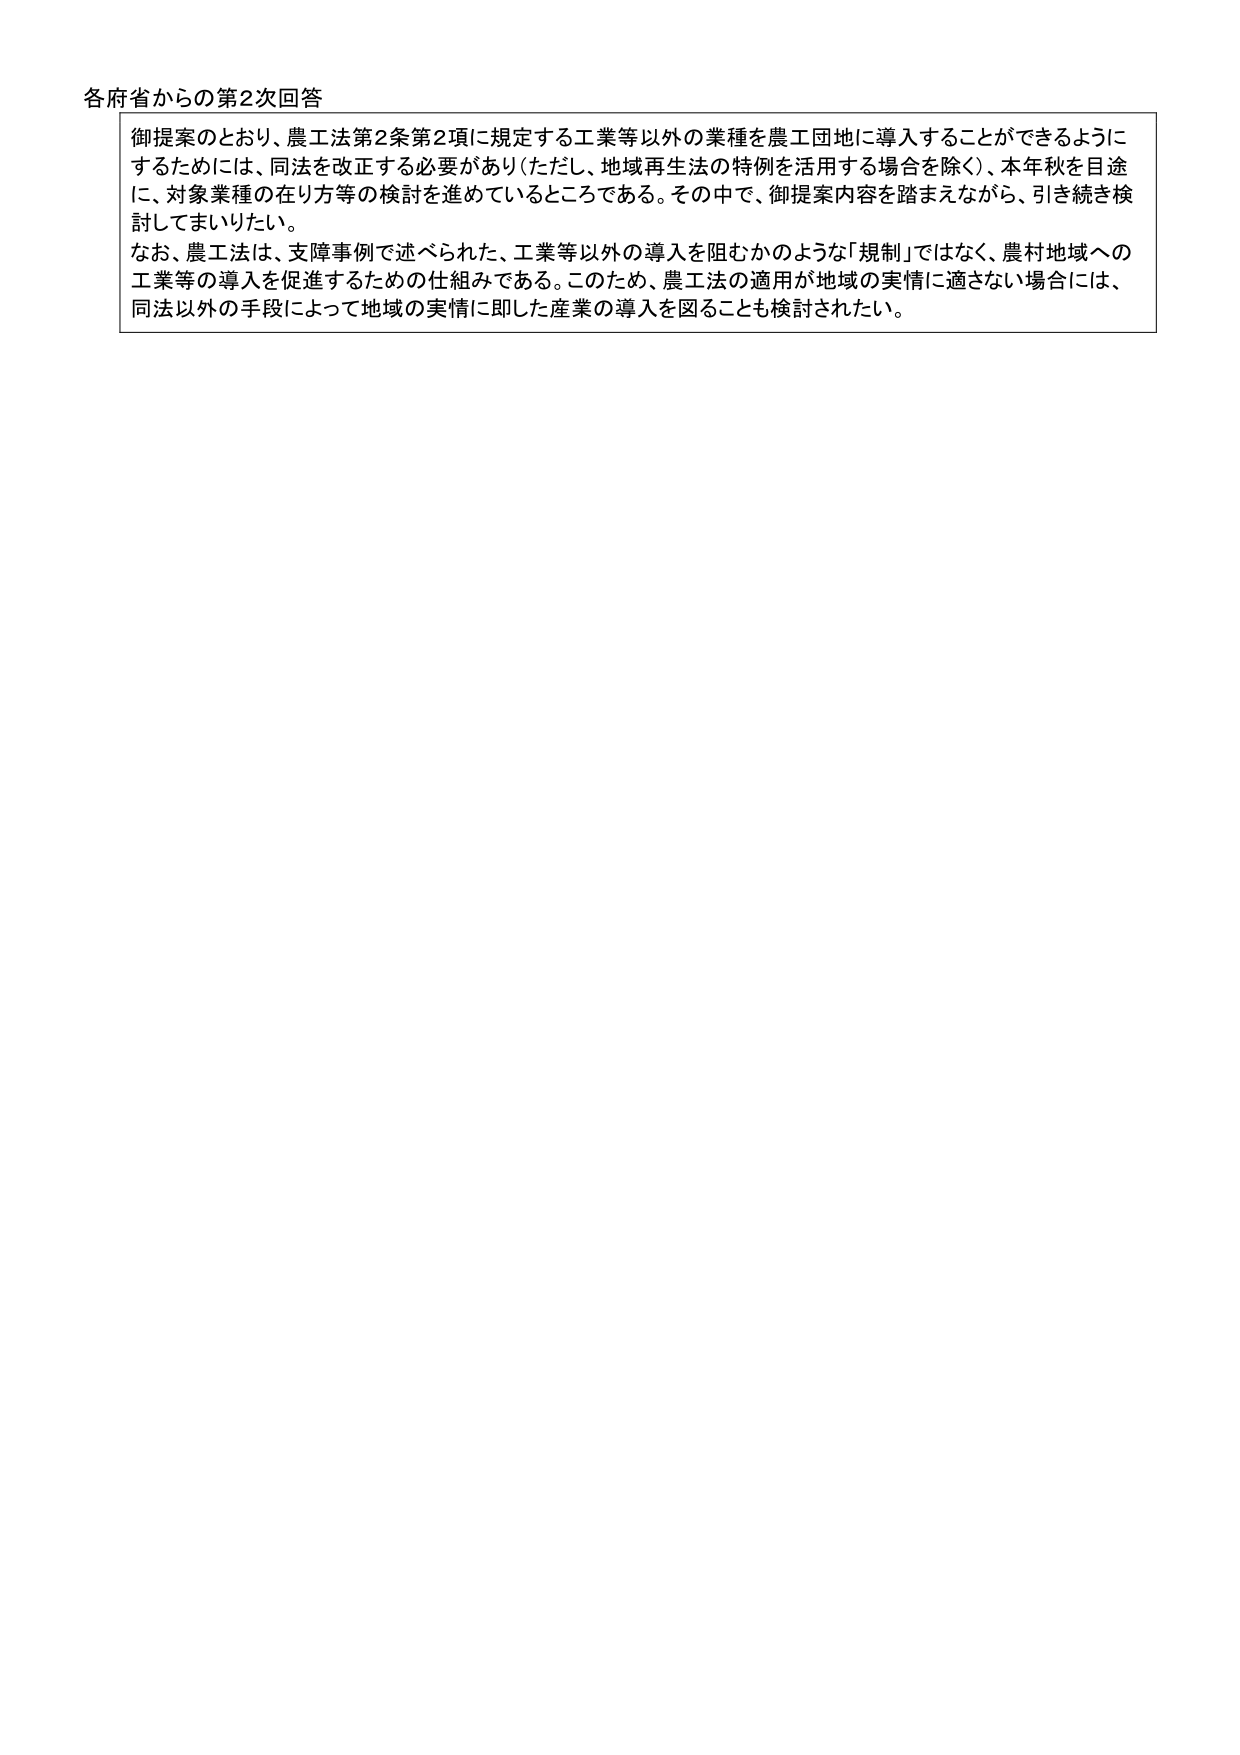
各府省からの第2次回答

御提案のとおり、農工法第2条第2項に規定する工業等以外の業種を農工団地に導入することができるように
するためには、同法を改正する必要があり（ただし、地域再生法の特例を活用する場合を除く）、本年秋を目途
に、対象業種の在り方等の検討を進めているところである。その中で、御提案内容を踏まえながら、引き続き検
討してまいりたい。

なお、農工法は、支障事例で述べられた、工業等以外の導入を阻むかのような「規制」ではなく、農村地域への
工業等の導入を促進するための仕組みである。このため、農工法の適用が地域の実情に適さない場合には、
同法以外の手段によって地域の実情に即した産業の導入を図ることも検討されたい。